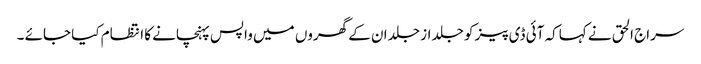
سراج الحق نے کہاکہ آئی ڈی پیز کو جلد از جلد ان کے گھروں میں واپس پہنچانے کا انتظام کیا جائے ۔